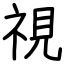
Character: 視